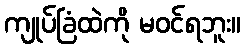
ကျုပ်ခြံထဲကို မဝင်ရဘူး။